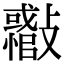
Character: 𣀪